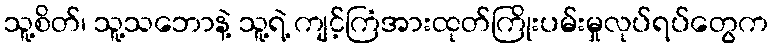
သူ့စိတ်၊ သူ့သဘောနဲ့ သူ့ရဲ့ ကျင့်ကြံအားထုတ်ကြိုးပမ်းမှုလုပ်ရပ်တွေက